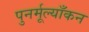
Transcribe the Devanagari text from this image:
पुनर्मूल्याँकन